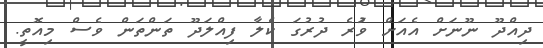
ދިއްދޫ ނޫނަށް އެއަށް ވުަރެ ދުރުގަ ކެލާ ފިއްލަދޫ ތަންތަން ވެސް މިއޮތީ.